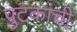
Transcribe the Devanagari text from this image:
पुटकांची